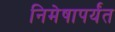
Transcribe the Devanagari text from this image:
निमेषापर्यंत